Vaccination in Burma 1889-1999 - 1889-1999
Year: 1889
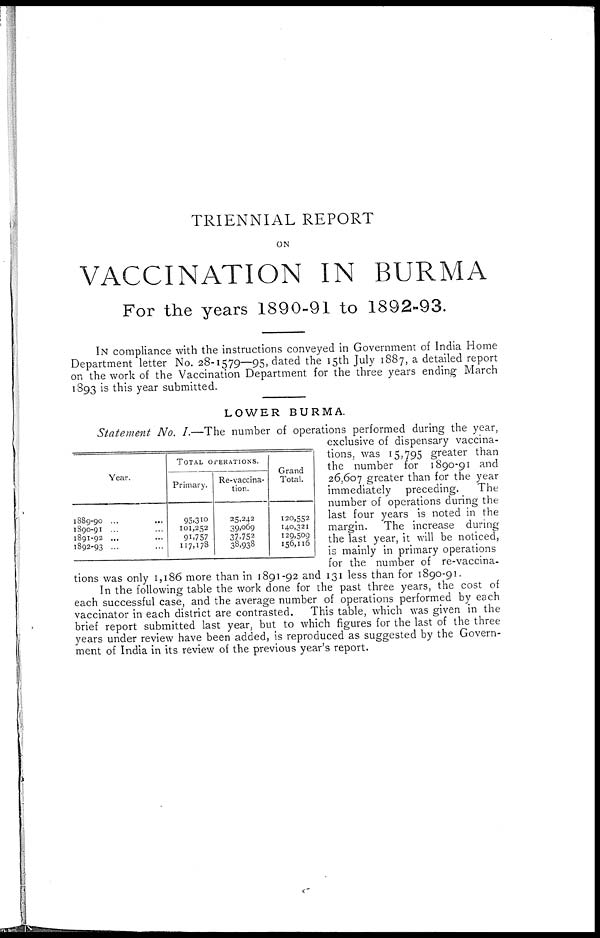
TRIENNIAL REPORT
ON
VACCINATION IN BURMA
For the years 1890-91 to 1892-93.
IN compliance with the instructions conveyed in Government of India Home
Department letter No. 28-1579—95, dated the 15th July 1887, a detailed report
on the work of the Vaccination Department for the three years ending March
1893 is this year submitted.
LOWER BURMA.
Year.
1889-90 ... ...
1890-91 ... ...
1891-92 ... ...
1892-93 ... ...
TOTAL OPERATIONS.
Primary.
95,310
101,252
91,757
117,178
Re-vaccina-
tion.
25,242
39,069
37,752
38,938
Grand
Total.
120,552
140,321
129,509
156,116
Statement No. I.—The number of operations performed during the year,
exclusive of dispensary vaccina-
tions, was 15,795 greater than
the number for 1890-91 and
26,607 greater than for the year
immediately preceding. The
number of operations during the
last four years is noted in the
margin. The increase during
the last year, it will be noticed,
is mainly in primary operations
for the number of re-vaccina-
tions was only 1,186 more than in 1891-92 and 131 less than for 1890-91.
In the following table the work done for the past three years, the cost of
each successful case, and the average number of operations performed by each
vaccinator in each district are contrasted. This table, which was given in the
brief report submitted last year, but to which figures for the last of the three
years under review have been added, is reproduced as suggested by the Govern-
ment of India in its review of the previous year's report.